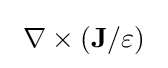
\ \nabla \times (\mathbf {J} /\varepsilon )\